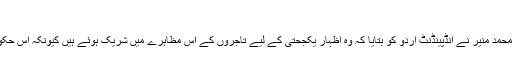
‘
تاجروں کے اسی مظاہرے میں شریک پشاور کے رہائشی محمد منیر نے انڈپینڈنٹ اردو کو بتایا کہ وہ اظہارِ یکجحتی کے لیے تاجروں کے اس مظاہرے میں شریک ہوئے ہیں کیونکہ اس حکومت میں صرف تاجر نہیں بلکہ عام خریدار بھی متاثر ہے۔